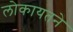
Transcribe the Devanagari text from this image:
लोकायतने